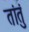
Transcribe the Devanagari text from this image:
तांतुं